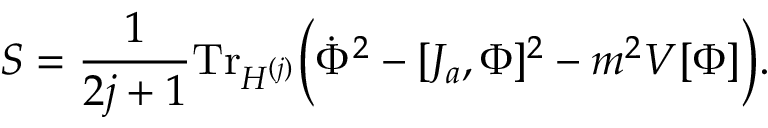
S = \frac { 1 } { 2 j + 1 } \mathrm { T r } _ { { \cal H } ^ { ( j ) } } \Big ( \dot { \Phi } ^ { 2 } - [ J _ { a } , \Phi ] ^ { 2 } - m ^ { 2 } V [ \Phi ] \Big ) .